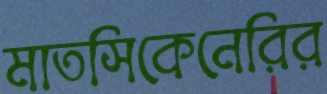
মাতসিকেনেরির